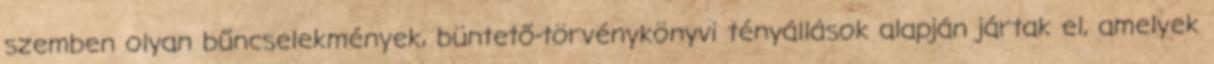
szemben olyan bűncselekmények, büntető-törvénykönyvi tényállások alapján jártak el, amelyek